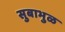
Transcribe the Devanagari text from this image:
सुबाभुळ